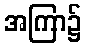
အကြာ၌